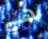
هي